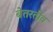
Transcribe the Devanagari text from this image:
बेतरतीव